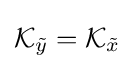
{\mathcal {K}}_{\tilde {y}}={\mathcal {K}}_{\tilde {x}}